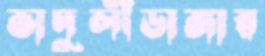
ভাদুলীডাঙ্গার